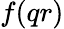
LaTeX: f(qr)